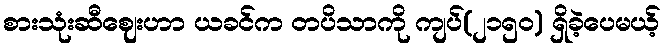
စားသုံးဆီဈေးဟာ ယခင်က တပိသာကို ကျပ်(၂၁၅၀) ရှိခဲ့ပေမယ့်